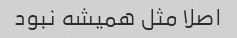
اصلا مثل همیشه نبود